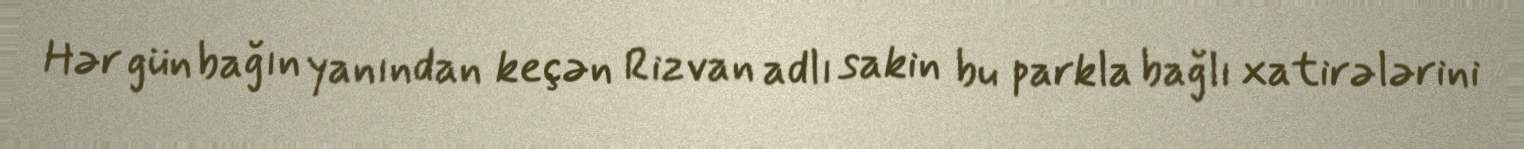
Hər gün bağın yanından keçən Rizvan adlı sakin bu parkla bağlı xatirələrini